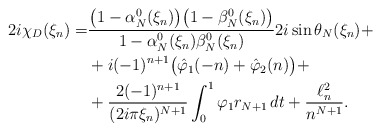
\begin{align*}2i\chi_D(\xi_n)=& \frac{\big(1-\alpha_N^{0}(\xi_n)\big)\big(1-\beta_N^{0}(\xi_n)\big)}{1-\alpha_N^{0}(\xi_n)\beta_N^{0}(\xi_n)} 2i\sin \theta_N(\xi_n)+\\&+ i (-1)^{n+1}\big(\hat\varphi_1(-n)+\hat\varphi_2(n)\big)+\\&+ \frac{2(-1)^{n+1}}{(2i\pi\xi_n)^{N+1}}\int_0^1\varphi_1r_{N+1}\,dt + \frac{\ell^2_n}{n^{N+1}}.\end{align*}